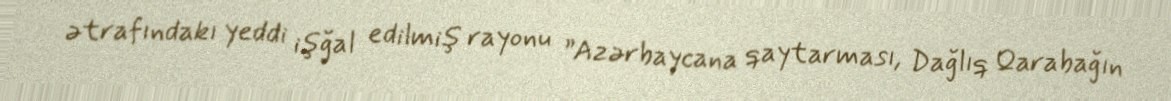
ətrafındakı yeddi işğal edilmiş rayonu ”Azərbaycana qaytarması, Dağlıq Qarabağın